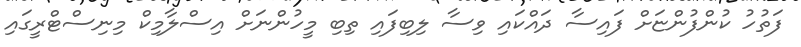
ފަތުހު ކުންފުންޏަށް ފައިސާ ދައްކައި ވިސާ ލިބިފައި ތިބި މީހުންނަށް އިސްލާމިކް މިނިސްޓްރީގައި